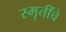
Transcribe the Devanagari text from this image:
स्मृतींचे